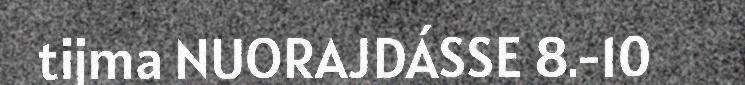
tijma NUORAJDÁSSE 8.-10